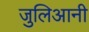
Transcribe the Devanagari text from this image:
जुलिआनी